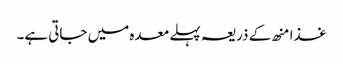
غذا منھ کے ذریعہ پہلے معدہ میں جاتی ہے۔